Civil Veterinary Department. Madras. Admin. report 1926-33 - 1926-1933
Year: 1926
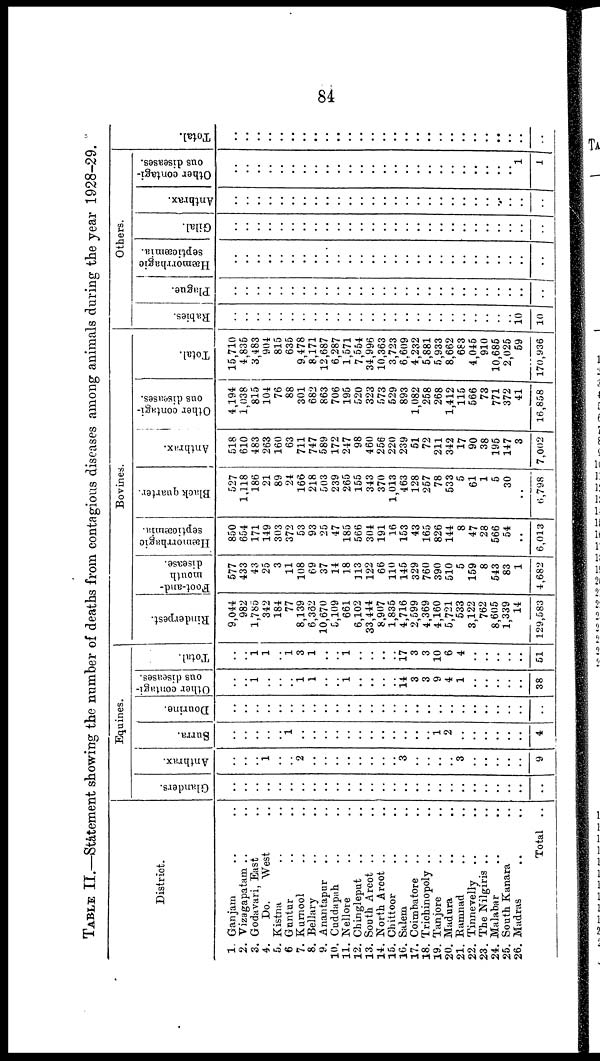
84
TABLE II.—Statement showing the number of deaths from contagious diseases among animals during the year 1928-29.
District.
1. Ganjam .. ..
2. Vizagapatam .. ..
3. Godavari, East ..
4.
Do.
West ..
5. Kistna .. ..
6 Guntur .. ..
7. Kurnool .. ..
8. Bellary .. ..
9. Anantapur .. ..
10. Cuddapah .. ..
11. Nellore .. ..
12. Chingleput .. ..
13. South Arcot .. ..
14. North Arcot .. ..
15. Chittoor .. ..
16. Salem .. ..
17. Coimbatore .. ..
18. Trichinopoly .. ..
19. Tanjore .. ..
20. Madura .. ..
21. Ramnad .. ..
22. Tinnevelly .. ..
23. The Nilgiris .. ..
24.Malabar .. ..
25. South Kanara ..
26. Madras .. ..
Total ..
Equines.
Glanders.
..
...
..
..
..
..
..
..
..
..
..
..
..
..
..
..
..
..
..
..
..
..
..
..
..
..
..
Anthrax.
..
..
..
1
..
..
2
..
..
..
..
..
..
..
..
3
..
..
..
..
3
..
..
..
..
..
9
Surra.
..
..
..
..
..
1
..
..
..
..
..
..
..
..
..
..
..
..
1
2
..
..
..
..
..
..
4
Dourine.
..
..
..
..
..
..
..
..
..
..
..
..
..
..
..
..
..
..
..
..
..
..
..
..
..
..
..
Other contagi-
ous diseases.
..
.. 1
..
..
..
1
1
..
..
..
..
..
..
..
14
3
3
9
4
1
..
..
..
..
..
38
Total.
..
.. 1
1
..
1
3
1
..
..
1
..
..
..
..
17
3
3
10
6
4
..
..
..
..
..
51
Bovines.
Rinderpest.
9,044
982
1,785
342
184
77
8,139
6,362
10,670
5,109
661
6,102
33,444
8,907
1,835
4,716
2,599
4,369
4,160
5,721
533
3,122
762
8,605
1,339
14
129,583
Foot-and-
mouth
disease.
577
433
43
25
3
11
108
69
37
14
18
113
122
66
110
145
329
760
390
510
5
159
8
543
83
1
4,682
Hæmorrhagic
septicæmia.
850
654
171
149
303
372
53
93
25
47
185
566
304
191
16
153
43
165
826
144
8
47
28
566
54
..
6,013
Black quarter.
527
1,118
186
21
89
24
166
218
503
239
265
155
343
370
1,013
463
128
257
78
533
5
61
1
5
30
..
6,798
Anthrax.
518
610
483
263
160
63
711
747
589
172
247
98
460
256
220
239
51
72
211
342
17
90
38
195
147
3
7,002
Other contagi-
ous diseases.
4,194
1,038
815
104
76
88
301
682
863
706
195
520
323
573
529
893
1,082
258
268
1,412
115
566
73
771
372
41
16,858
Total.
15,710
4,835
3,483
904
815
635
9,478
8,171
12,687
6,287
1,571
7,554
34,996
10,363
3,723
6,609
4,232
5,881
5,933
8,662
683
4,045
910
10,685
2,025
59
170,936
Others.
Babies.
..
..
..
..
..
..
..
..
..
..
..
..
..
..
..
..
..
..
..
..
..
..
..
..
..
10
10
Plague.
..
..
..
..
..
..
..
..
..
..
..
..
..
..
...
..
..
..
..
..
..
..
..
..
..
..
..
Hæmorrhagic
septicæmia.
..
..
..
..
..
..
..
..
..
..
..
..
..
..
..
..
..
..
..
..
..
..
..
..
..
..
Gilal.
...
..
..
..
..
..
..
..
..
..
..
..
..
...
..
..
..
..
..
..
..
..
..
..
..
..
..
Anthrax.
..
..
..
..
..
..
..
..
..
..
..
..
..
..
...
...
..
..
..
..
..
..
...
..
..
..
Other contagi-
ous diseases.
..
..
..
..
..
..
..
..
..
..
..
..
...
..
..
..
..
..
...
.
..
..
..
..
..
1
1
Tot al .
..
..
..
..
..
..
..
..
..
..
..
..
..
..
..
..
..
..
..
..
...
..
..
..
..
..
..